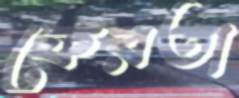
ফেরতা